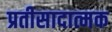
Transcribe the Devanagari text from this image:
प्रतीसादात्मक